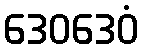
ဒေဝဒေဝံ